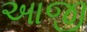
આજી